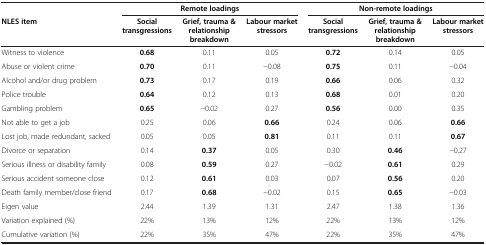
<table><thead><tr><td><b> </b></td><td colspan="3"><b>Remote loadings</b></td><td colspan="3"><b>Non-remote loadings</b></td></tr><tr><td><b>NLES item</b></td><td><b>Social transgressions</b></td><td><b>Grief, trauma &amp; relationship breakdown</b></td><td><b>Labour market stressors</b></td><td><b>Social transgressions</b></td><td><b>Grief, trauma &amp; relationship breakdown</b></td><td><b>Labour market stressors</b></td></tr></thead><tbody><tr><td>Witness to violence</td><td><b>0.68</b></td><td>0.11</td><td>0.05</td><td><b>0.72</b></td><td>0.14</td><td>0.05</td></tr><tr><td>Abuse or violent crime</td><td><b>0.70</b></td><td>0.11</td><td>−0.08</td><td><b>0.75</b></td><td>0.11</td><td>−0.04</td></tr><tr><td>Alcohol and/or drug problem</td><td><b>0.73</b></td><td>0.17</td><td>0.19</td><td><b>0.66</b></td><td>0.06</td><td>0.32</td></tr><tr><td>Police trouble</td><td><b>0.64</b></td><td>0.12</td><td>0.13</td><td><b>0.68</b></td><td>0.01</td><td>0.20</td></tr><tr><td>Gambling problem</td><td><b>0.65</b></td><td>−0.02</td><td>0.27</td><td><b>0.56</b></td><td>0.00</td><td>0.35</td></tr><tr><td>Not able to get a job</td><td>0.25</td><td>0.06</td><td><b>0.66</b></td><td>0.24</td><td>0.06</td><td><b>0.66</b></td></tr><tr><td>Lost job, made redundant, sacked</td><td>0.05</td><td>0.05</td><td><b>0.81</b></td><td>0.11</td><td>0.11</td><td><b>0.67</b></td></tr><tr><td>Divorce or separation</td><td>0.14</td><td><b>0.37</b></td><td>0.05</td><td>0.30</td><td><b>0.46</b></td><td>−0.27</td></tr><tr><td>Serious illness or disability family</td><td>0.08</td><td><b>0.59</b></td><td>0.27</td><td>−0.02</td><td><b>0.61</b></td><td>0.29</td></tr><tr><td>Serious accident someone close</td><td>0.12</td><td><b>0.61</b></td><td>0.03</td><td>0.07</td><td><b>0.56</b></td><td>0.20</td></tr><tr><td>Death family member/close friend</td><td>0.17</td><td><b>0.68</b></td><td>−0.02</td><td>0.15</td><td><b>0.65</b></td><td>−0.03</td></tr><tr><td>Eigen value</td><td>2.44</td><td>1.39</td><td>1.31</td><td>2.47</td><td>1.38</td><td>1.36</td></tr><tr><td>Variation explained (%)</td><td>22%</td><td>13%</td><td>12%</td><td>22%</td><td>13%</td><td>12%</td></tr><tr><td>Cumulative variation (%)</td><td>22%</td><td>35%</td><td>47%</td><td>22%</td><td>35%</td><td>47%</td></tr></tbody></table>